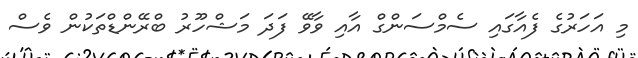
މި އަހަރުގެ ފެއާގައި ސެމްސަންގް އާއި ވާވޭ ފަދަ މަޝްހޫރު ބްރޭންޑްތަކުން ވެސް